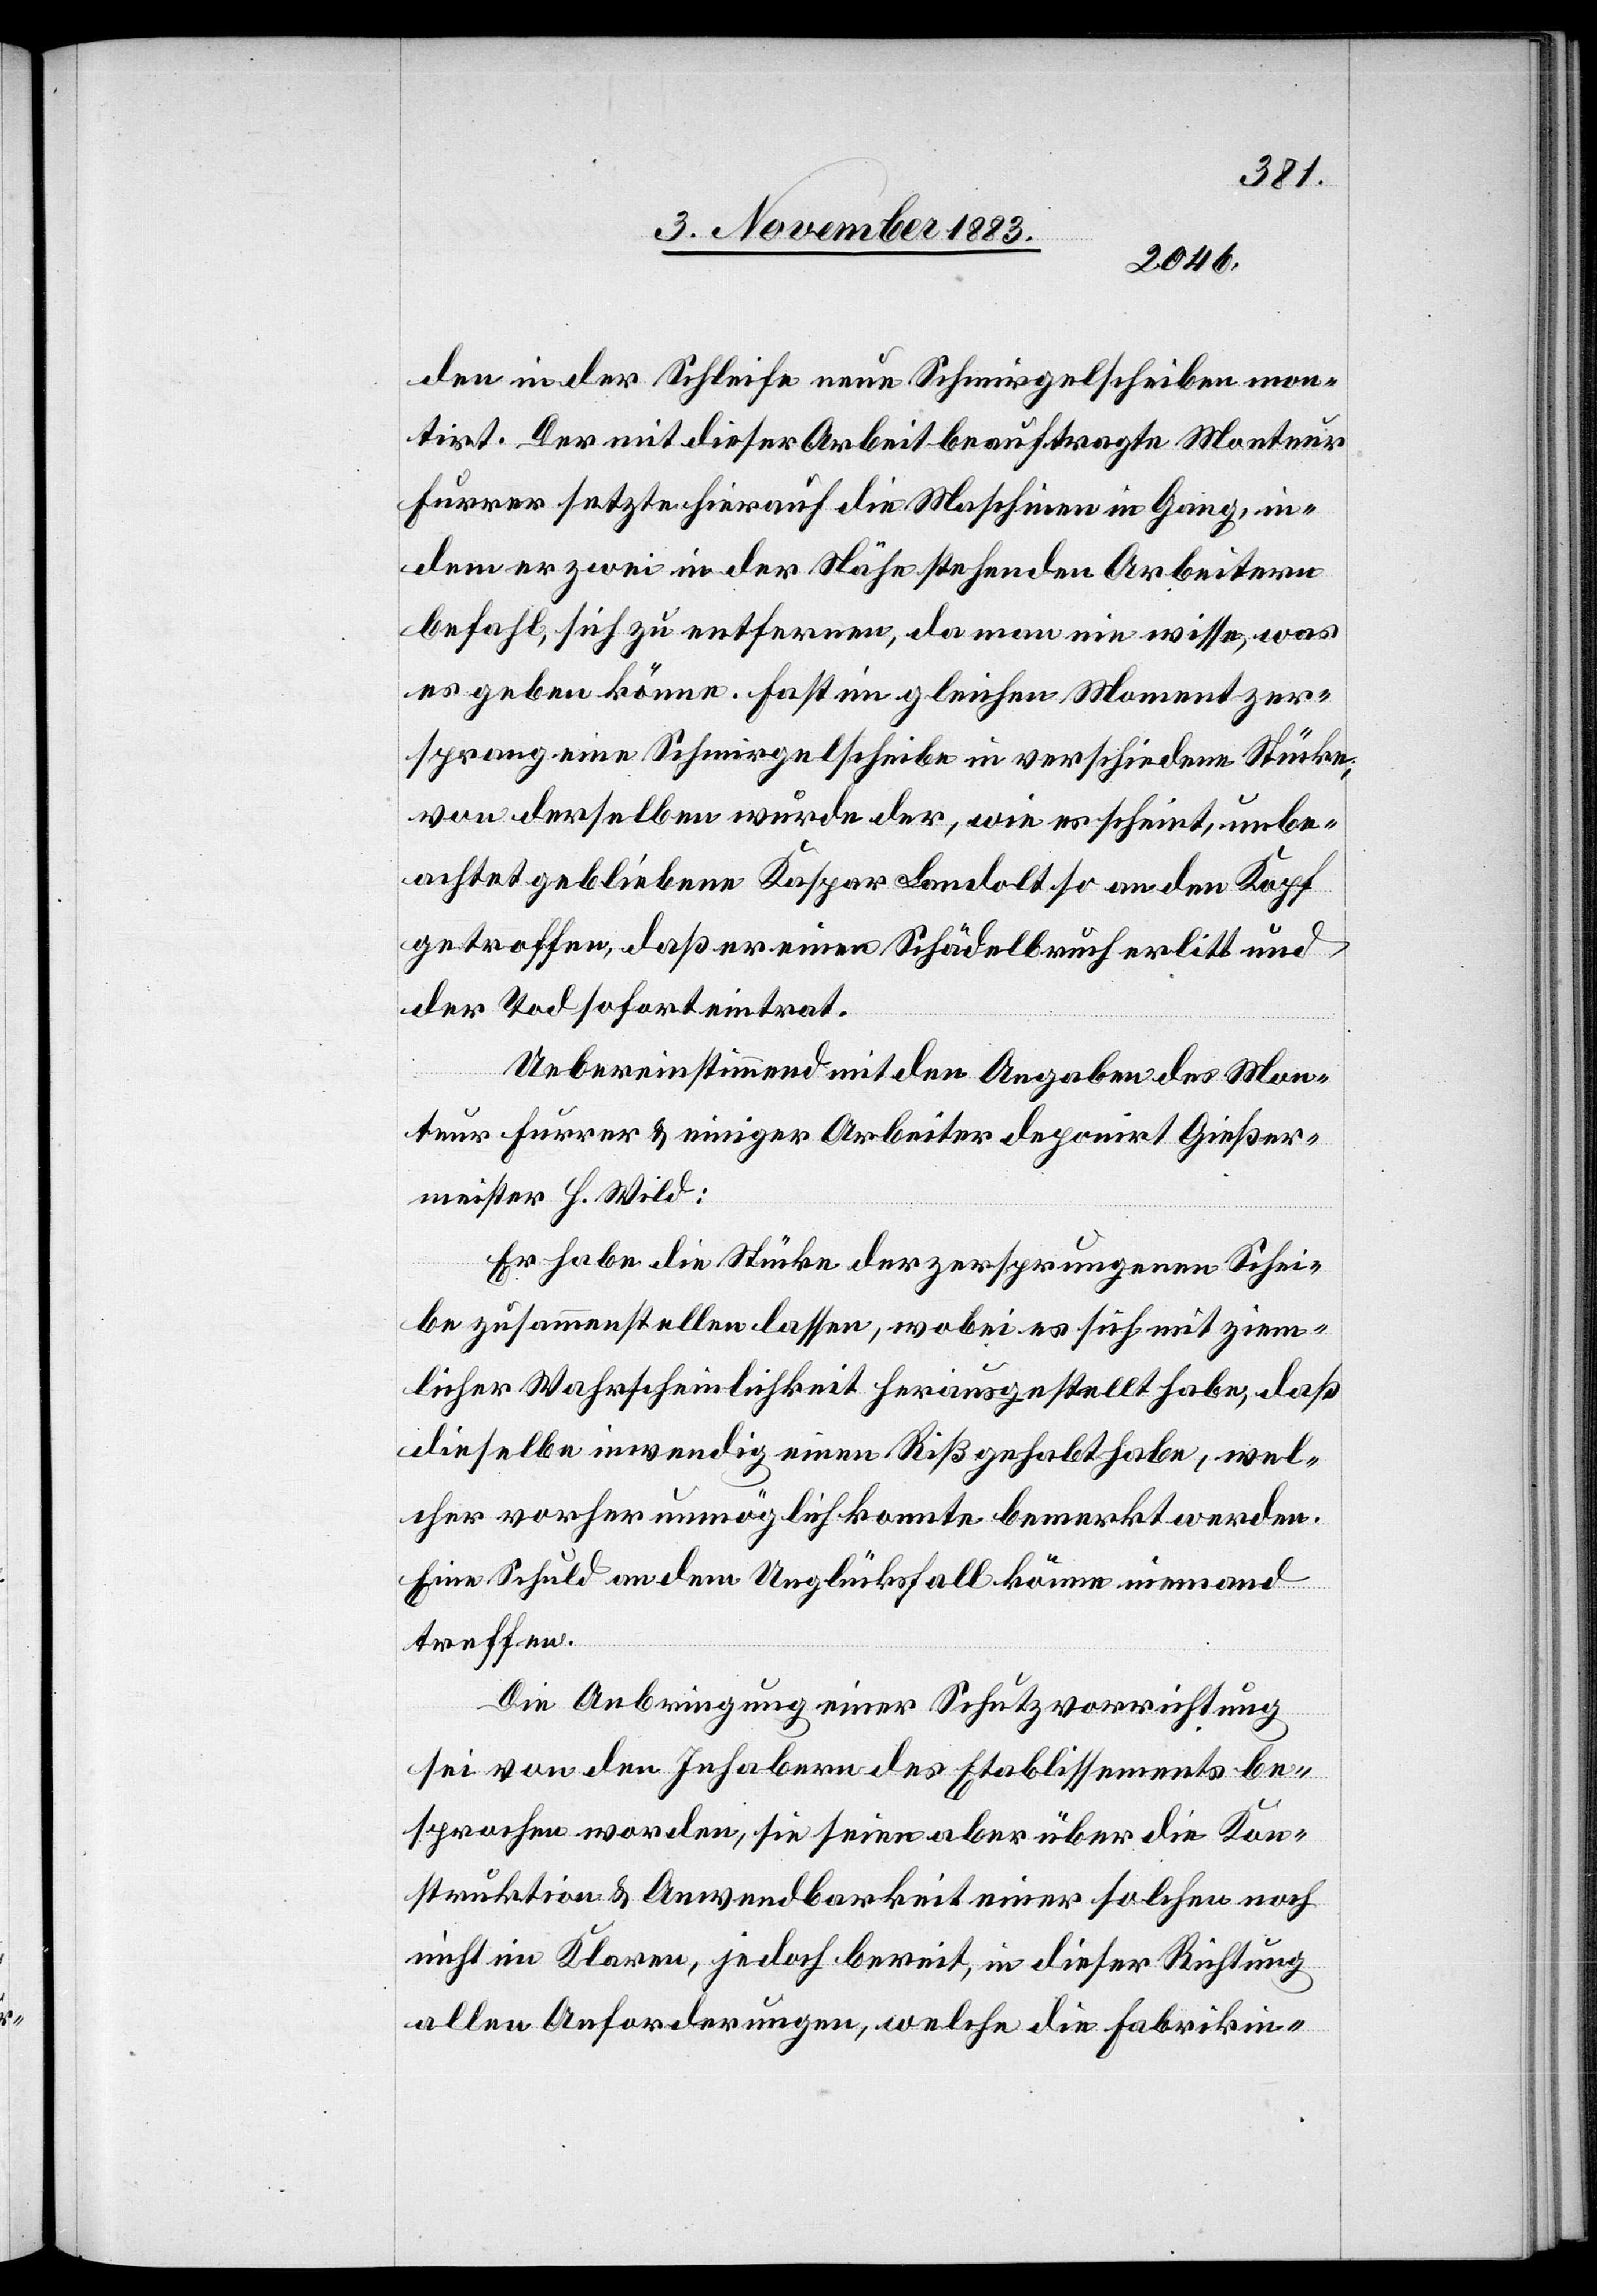
den in der Schleife neue Schmirgelscheiben mon¬
tirt. Der mit dieser Arbeit beauftragte Monteur
Furrer setzte hierauf die Maschinen in Gang, in¬
dem er zwei in der Nähe stehenden Arbeitern
befahl, sich zu entfernen, da man nie wisse, was
es geben könne. Fast im gleichen Moment zer¬
sprang eine Schmirgelscheibe in verschiedene Stücke;
von derselben wurde der, wie es scheint, unbe¬
achtet gebliebene Kaspar Landolt an den Kopf
getroffen, daß er einen Schädelbruch erlitt und
der Tod sofort eintrat.
Uebereinstimmend mit den Angaben des Mon¬
teur Furrer & einiger Arbeiter deponirt Gießer¬
meister H. Wild:
Es habe die Stücke der zersprungenen Schei¬
be zusammenstellen lassen, wobei es sich mit ziem¬
licher Wahrscheinlichkeit herausgestellt habe, daß
dieselbe inwendig einen Riß habe, wel¬
cher vorher unmöglich konnte bemerkt werden.
Eine Schuld an dem Unglückfall könne niemand
treffen.
Die Anbringung einer Schutzvorrichtung
sei von den Inhabern des Etablissements be¬
sprochen worden, sie seien aber über die Kon¬
struktion & Anwendbarkeit einer solchen noch
nicht im Klaren, jedoch bereit, in dieser Richtung
allen Anforderungen, welche die Fabrikin-